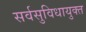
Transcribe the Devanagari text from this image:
सर्वसुविधायुक्त